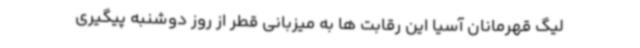
لیگ قهرمانان آسیا این رقابت ها به میزبانی قطر از روز دوشنبه پیگیری